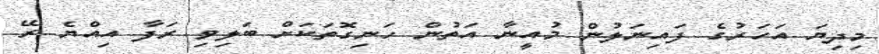
މިދިޔަ އަހަރުގެ ފައިނަލުން މުއީނާ އަތުން ހަނިގޮތަކަށް ބަލިވި ރަފާ އިއްޔެ ރޭ